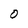
Character: O